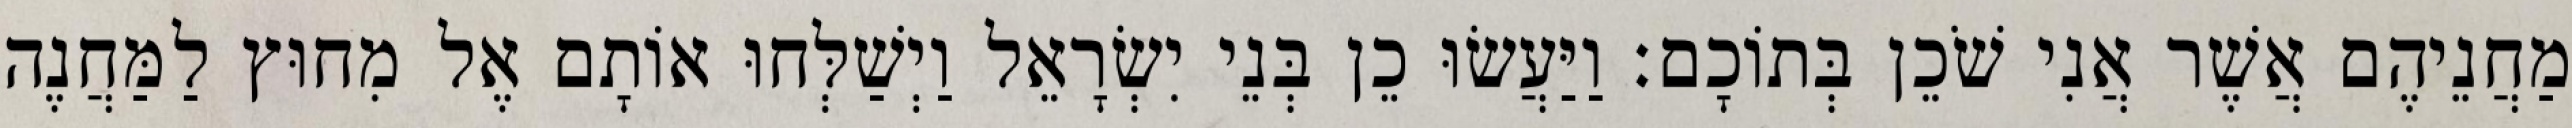
מַחֲנֵיהֶם אֲשֶׁר אֲנִי שֹׁכֵן בְּתוֹכָם׃ וַיַּעֲשׂוּ כֵן בְּנֵי יִשְׂרָאֵל וַיְשַׁלְּחוּ אוֹתָם אֶל מִחוּץ לַמַּחֲנֶה